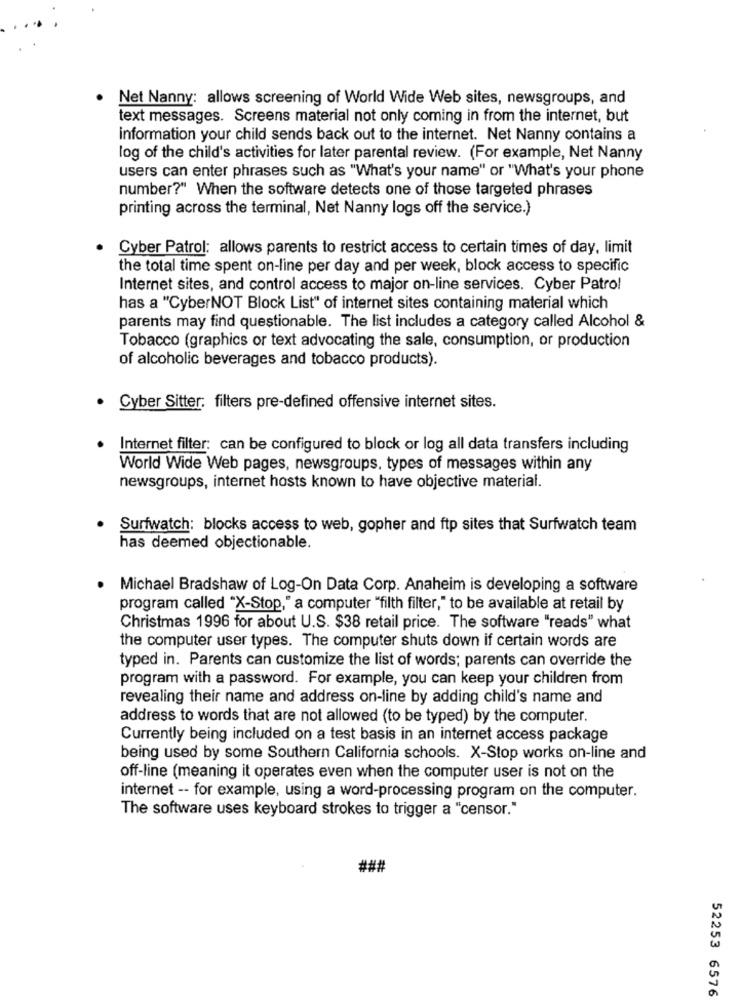
Net Nanny: allows screening of World Wide Web sites, newsgroups, and
text messages. Screens material not only coming in from the internet, but
information your child sends back out to the internet. Net Nanny contains a
log of the child's activities for later parental review. (For example, Net Nanny
users can enter phrases such as "What's your name" or "What's your phone
number?" When the software detects one of those targeted phrases
printing across the terminal, Net Nanny logs off the service.)
Cyber Patrol: allows parents to restrict access to certain times of day, limit
the total time spent on-line per day and per week, block access to specific
Internet sites, and control access to major on-line services. Cyber Patrol
has a "CyberNOT Block List" of internet sites containing material which
parents may find questionable. The list includes a category called Alcohol &
Tobacco (graphics or text advocating the sale, consumption, or production
of alcoholic beverages and tobacco products).
· Cyber Sitter: filters pre-defined offensive internet sites.
Internet filter: can be configured to block or log all data transfers including
World Wide Web pages, newsgroups, types of messages within any
newsgroups, internet hosts known to have objective material.
Surfwatch: blocks access to web, gopher and ftp sites that Surfwatch team
has deemed objectionable.
· Michael Bradshaw of Log-On Data Corp. Anaheim is developing a software
program called "X-Stop," a computer "filth filter," to be available at retail by
Christmas 1996 for about U.S. $38 retail price. The software "reads" what
the computer user types. The computer shuts down if certain words are
typed in. Parents can customize the list of words; parents can override the
program with a password. For example, you can keep your children from
revealing their name and address on-line by adding child's name and
address to words that are not allowed (to be typed) by the computer.
Currently being included on a test basis in an internet access package
being used by some Southern California schools. X-Stop works on-line and
off-line (meaning it operates even when the computer user is not on the
internet -- for example, using a word-processing program on the computer.
The software uses keyboard strokes to trigger a "censor."
###
52253 6576